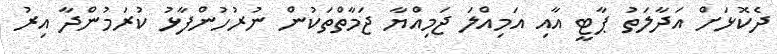
ދެކޮޅަށް އަދާލަތު ޕާޓީ އާއި އަމިއްލަ ޖަމިއްޔާ ޖަމާތްތަކުން ނުރުހުންފާޅު ކުރަމުންދާ އިރު